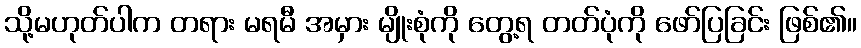
သို့မဟုတ်ပါက တရား မရမီ အမှား မျိုးစုံကို တွေ့ရ တတ်ပုံကို ဖော်ပြခြင်း ဖြစ်၏။